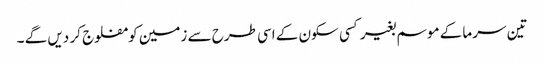
تین سرما کے موسم بغیر کسی سکون کے اسی طرح سے زمین کو مفلوج کر دیں گے ۔